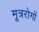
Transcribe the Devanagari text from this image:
मूत्ररोगों